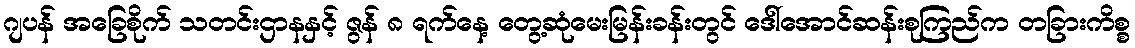
ဂျပန် အခြေစိုက် သတင်းဌာနနှင့် ဇွန် ၈ ရက်နေ့ တွေ့ဆုံမေးမြန်းခန်းတွင် ဒေါ်အောင်ဆန်းစုကြည်က တခြားကိစ္စ